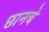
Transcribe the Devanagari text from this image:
छानबे